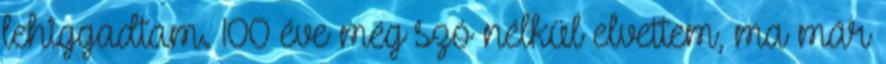
lehiggadtam. 100 éve még szó nélkül elvettem, ma már